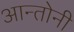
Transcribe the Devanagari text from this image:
आन्तोनी